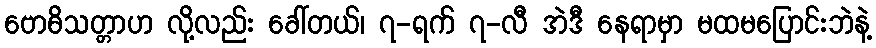
ဗောဓိသတ္တာဟ လို့လည်း ခေါ်တယ်၊ ၇-ရက် ၇-လီ အဲဒီ နေရာမှာ မထမပြောင်းဘဲနဲ့